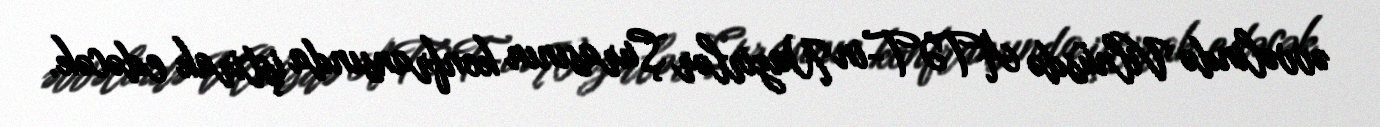
əvvəlində Vilnüsdə ATƏT-in Nazirlər Şurasının konfransında iştirak edəcək.